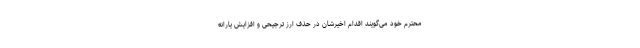
محترم خود می‌گویند اقدام اخیرشان در حذف ارز ترجیحی و افزایش یارانه